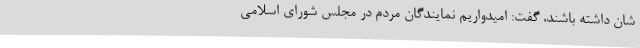
شان داشته باشند، گفت: امیدواریم نمایندگان مردم در مجلس شورای اسلامی